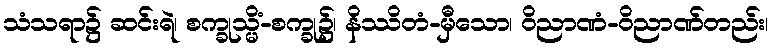
သံသရာ၌ ဆင်းရဲ၊ စက္ခုသ္မိံ-စက္ခု၌၊ နိဿိတံ-မှီသော၊ ဝိညာဏံ-ဝိညာဏ်တည်း၊